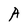
Character: A